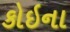
કોઇના